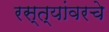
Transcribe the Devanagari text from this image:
रस्त्यांवरचे